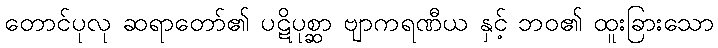
တောင်ပုလု ဆရာတော်၏ ပဋိပုစ္ဆာ ဗျာကရဏီယ နှင့် ဘဝ၏ ထူးခြားသော